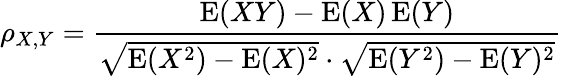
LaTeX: \rho_{X,Y}={\frac{\operatorname{E}(XY)-\operatorname{E}(X)\operatorname{E}(Y)}{{\sqrt{\operatorname{E}(X^{2})-\operatorname{E}(X)^{2}}}\cdot{\sqrt{\operatorname{E}(Y^{2})-\operatorname{E}(Y)^{2}}}}}